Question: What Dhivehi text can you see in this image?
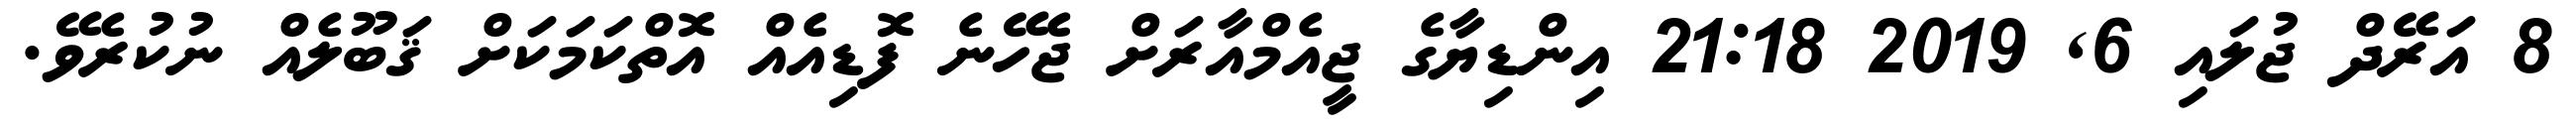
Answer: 8 އަރޭދް ޖުލައި 6, 2019 21:18 އިންޑިޔާގެ ޖީއެމްއާރަށް ޖެހޭނެ ފޮޑިއެއް އޮތްކަމަކަށް ޤަބޫލެއް ނުކުރެވޭ.